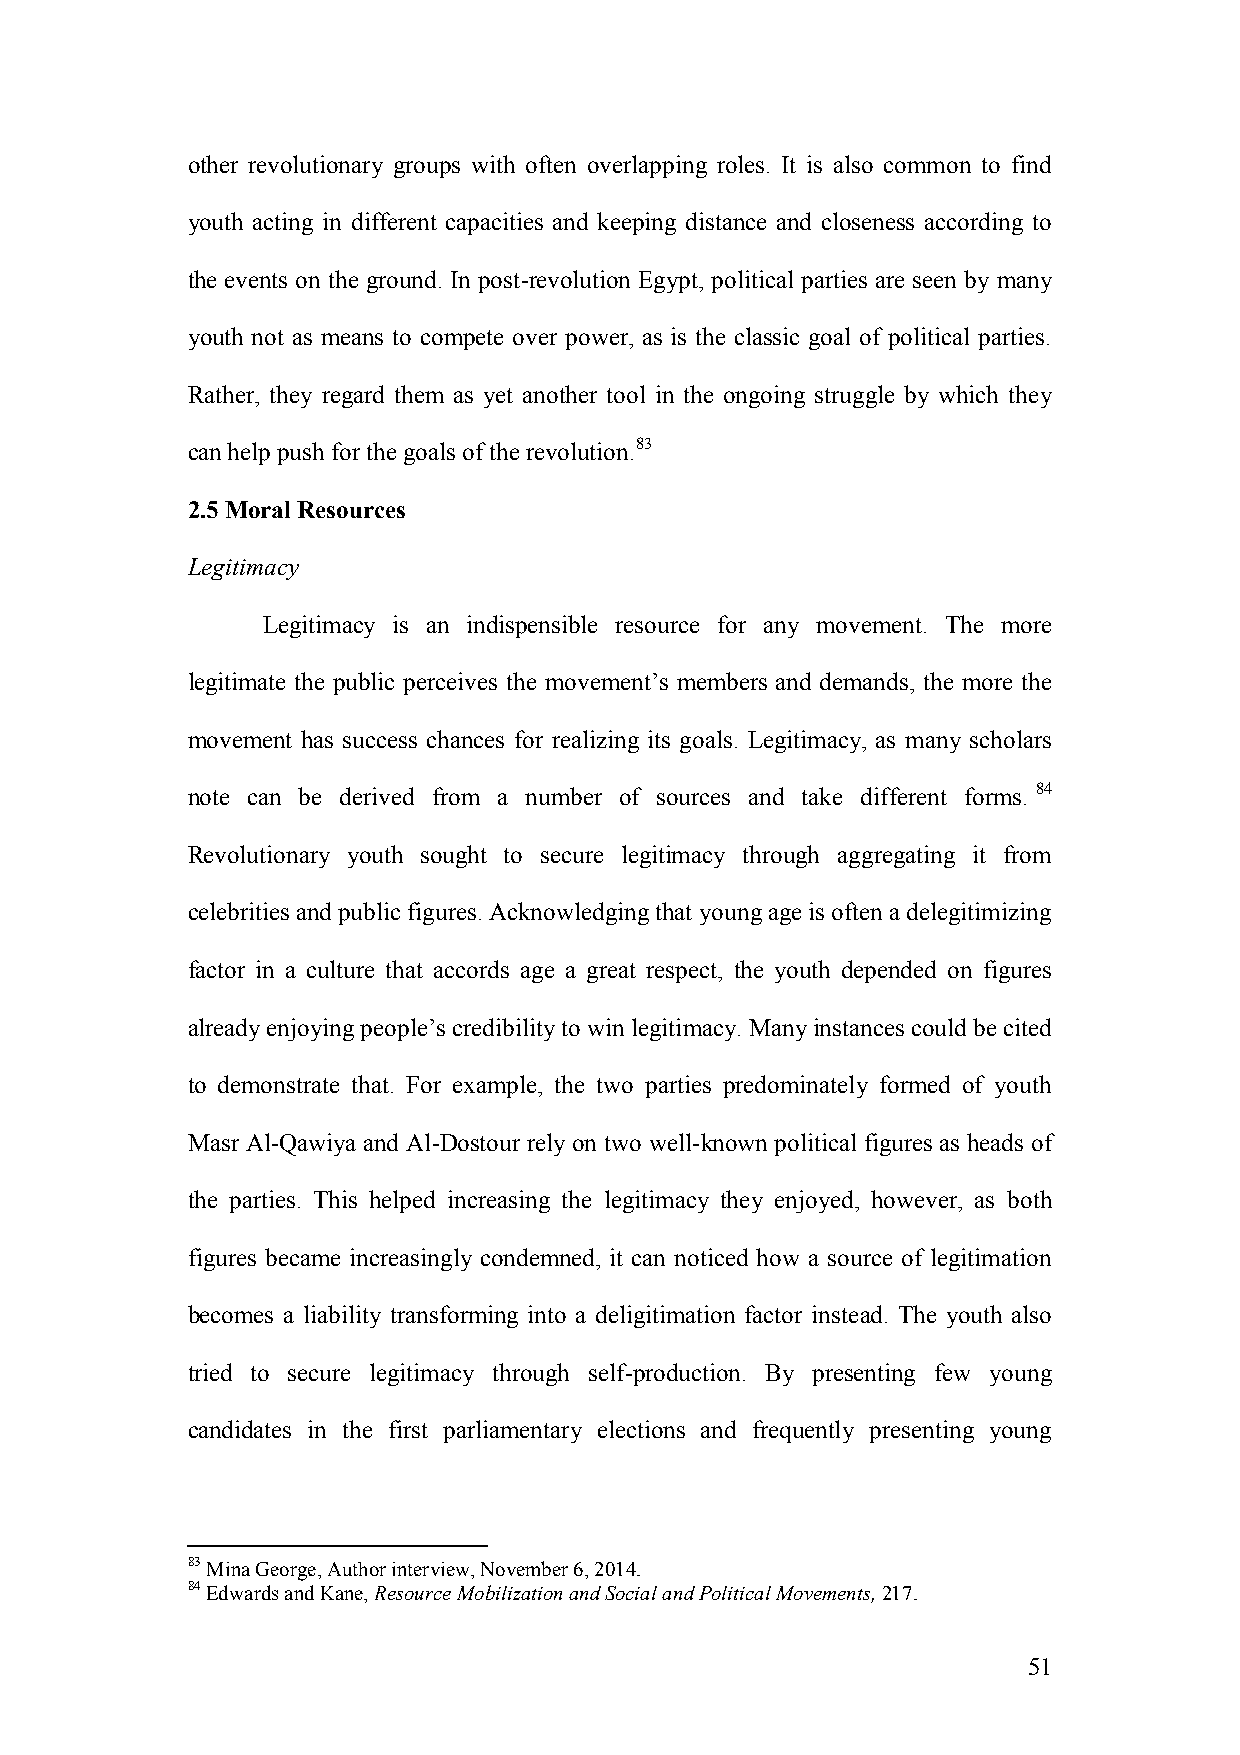
other revolutionary groups with often overlapping roles. It is also common to find
 youth acting in different capacities and keeping distance and closeness according to
 the events on the ground. In post-revolution Egypt, political parties are seen by many
 youth not as means to compete over power, as is the classic goal of political parties.
 Rather, they regard them as yet another tool in the ongoing struggle by which they
 can help push for the goals of the revolution.83
 2.5 Moral Resources
 Legitimacy
 Legitimacy is an indispensible resource for any movement. The more
 legitimate the public perceives the movement’s members and demands, the more the
 movement has success chances for realizing its goals. Legitimacy, as many scholars
 note can be derived from a number of sources and take different forms. 84
 Revolutionary youth sought to secure legitimacy through aggregating it from
 celebrities and public figures. Acknowledging that young age is often a delegitimizing
 factor in a culture that accords age a great respect, the youth depended on figures
 already enjoying people’s credibility to win legitimacy. Many instances could be cited
 to demonstrate that. For example, the two parties predominately formed of youth
 Masr Al-Qawiya and Al-Dostour rely on two well-known political figures as heads of
 the parties. This helped increasing the legitimacy they enjoyed, however, as both
 figures became increasingly condemned, it can noticed how a source of legitimation
 becomes a liability transforming into a deligitimation factor instead. The youth also
 tried to secure legitimacy through self-production. By presenting few young
 candidates in the first parliamentary elections and frequently presenting young
 83 Mina George, Author interview, November 6, 2014.
 84 Edwards and Kane, Resource Mobilization and Social and Political Movements, 217.
 51